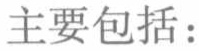
主要包括：